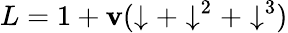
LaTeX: L=1+\mathbf{v}(\downarrow+\downarrow^{2}+\downarrow^{3})